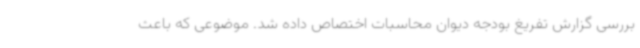
بررسی گزارش تفریغ بودجه دیوان محاسبات اختصاص داده شد. موضوعی که باعث